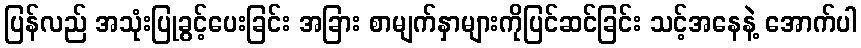
ပြန်လည် အသုံးပြုခွင့်ပေးခြင်း အခြား စာမျက်နှာများကိုပြင်ဆင်ခြင်း သင့်အနေနဲ့ အောက်ပါ